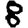
Digit: 8